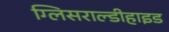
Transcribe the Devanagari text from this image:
ग्लिसराल्डीहाइड